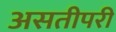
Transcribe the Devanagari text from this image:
असतीपरी